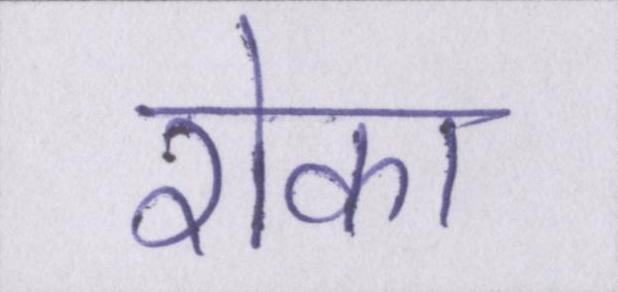
रोका